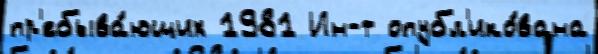
пр'ебыва́ющих 1981 Ин-т опубл'ико́вана